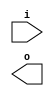
module buffer( i , o );
  input i ;
  output o ;
endmodule
module inverter( i , o );
  input i ;
  output o ;
endmodule
module top( x0 , x1 , x2 , x3 , x4 , x5 , x6 , x7 , y0 , y1 , y2 , y3 , y4 , y5 , y6 , y7 );
  input x0 , x1 , x2 , x3 , x4 , x5 , x6 , x7 ;
  output y0 , y1 , y2 , y3 , y4 , y5 , y6 , y7 ;
  wire n2 , n3 , n4 , n5 , n6 , n7 , n8 , n9 , n11 , n12 , n13 , n14 , n15 , n16 , n17 , n19 , n20 , n21 , n22 , n23 , n24 , n25 , n27 , n28 , n29 , n30 , n31 , n32 , n33 , n34 , n35 , n36 , n38 , n39 , n40 , n41 , n42 , n43 , n44 , n46 , n47 , n48 , n49 , n50 , n51 , n53 , n54 , n55 , n56 , n57 , n58 , n60 , n61 , n62 , n63 , n64 , n65 , n66 , n67 , n68 , n69 , n70 , n71 , n72 , n73 , n74 , n75 , n76 , n77 , n78 , n79 , n80 , n81 , n82 , n83 , n84 , n85 , n86 , n87 , n88 , n89 , n90 , n91 , n92 , n93 , n94 , n95 , n96 , n97 , n98 , n99 , n100 , n101 , n102 , n103 , n104 , n105 , n106 , n107 , n108 , n109 , n110 , n111 , n112 , n113 , n114 , n115 , n116 , n117 , n118 , n119 , n120 , n121 , n122 , n123 , n124 , n125 , n126 , n127 , n128 , n129 , n130 , n131 , n132 , n133 , n134 , n135 , n136 , n137 , n138 , n139 , n140 , n141 , n142 , n143 , n144 , n145 , n146 , n147 , n148 , n149 , n150 , n151 , n152 , n153 , n154 , n155 , n156 , n157 , n158 , n159 , n160 , n161 , n162 , n163 , n164 , n165 , n166 , n167 , n168 , n169 , n170 , n171 , n172 , n173 , n174 , n175 , n176 , n177 , n178 , n179 , n180 , n181 , n182 , n183 , n184 , n185 , n186 , n187 , n188 , n189 , n190 , n191 , n192 , n193 , n194 , n195 , n196 , n197 , n198 , n199 , n200 , n201 , n202 , n203 , n204 , n205 , n206 , n207 , n208 , n209 , n210 , n211 , n212 , n213 , n214 , n215 , n216 , n217 , n218 , n219 , n220 , n221 , n222 , n223 , n224 , n225 , n226 , n227 , n228 , n229 , n230 , n231 , n232 , n233 , n234 , n235 , n236 , n237 , n238 , n239 , n240 , n241 , n242 , n243 , n244 , n245 , n246 , n247 , n248 , n249 , n250 , n251 , n252 , n253 , n254 , n255 , n256 , n257 , n258 , n259 , n260 , n261 , n262 , n263 , n264 , n265 , n266 , n267 , n268 , n269 , n270 , n271 , n272 , n273 , n274 , n275 , n276 , n277 , n278 , n279 , n280 , n281 , n282 , n283 , n284 , n285 , n286 , n287 , n288 , n289 , n290 , n291 , n292 , n293 , n294 , n295 , n296 , n297 , n298 , n299 , n300 , n301 , n302 , n303 , n304 , n305 , n306 , n307 , n308 , n309 , n310 , n311 , n312 , n313 , n314 , n315 , n316 , n317 , n318 , n319 , n320 , n321 , n322 , n323 , n324 , n325 , n326 , n327 , n328 , n329 , n330 , n331 , n332 , n333 , n334 , n335 , n336 , n337 , n338 , n339 , n340 , n341 , n342 , n343 , n344 , n345 , n346 , n347 , n348 , n349 , n350 , n351 , n352 , n353 , n354 , n355 , n356 , n357 , n358 , n359 , n360 , n361 , n362 , n363 , n364 , n365 , n366 , n367 , n368 , n369 , n370 , n371 , n372 , n373 , n374 , n375 , n376 , n377 , n378 , n379 , n380 , n381 , n382 , n383 , n384 , n385 , n386 , n387 , n388 , n389 , n390 , n391 , n392 , n393 , n394 , n395 , n396 , n397 , n398 , n399 , n400 , n401 , n402 , n403 , n404 , n405 , n406 , n407 , n408 , n409 , n410 , n411 , n412 , n413 , n414 , n415 , n416 , n417 , n418 , n419 , n420 , n421 , n422 , n423 , n424 ;
  buffer buf_n19( .i (x2), .o (n19) );
  buffer buf_n46( .i (x5), .o (n46) );
  assign n67 = n19 & n46 ;
  buffer buf_n68( .i (n67), .o (n68) );
  buffer buf_n69( .i (n68), .o (n69) );
  buffer buf_n70( .i (n69), .o (n70) );
  buffer buf_n71( .i (n70), .o (n71) );
  buffer buf_n20( .i (n19), .o (n20) );
  buffer buf_n53( .i (x6), .o (n53) );
  buffer buf_n54( .i (n53), .o (n54) );
  assign n75 = n20 & n54 ;
  buffer buf_n76( .i (n75), .o (n76) );
  buffer buf_n27( .i (x3), .o (n27) );
  buffer buf_n28( .i (n27), .o (n28) );
  buffer buf_n60( .i (x7), .o (n60) );
  buffer buf_n61( .i (n60), .o (n61) );
  assign n80 = n28 | n61 ;
  buffer buf_n81( .i (n80), .o (n81) );
  assign n83 = n76 | n81 ;
  buffer buf_n84( .i (n83), .o (n84) );
  assign n85 = n71 & n84 ;
  buffer buf_n11( .i (x1), .o (n11) );
  buffer buf_n12( .i (n11), .o (n12) );
  buffer buf_n13( .i (n12), .o (n13) );
  buffer buf_n14( .i (n13), .o (n14) );
  buffer buf_n15( .i (n14), .o (n15) );
  buffer buf_n16( .i (n15), .o (n16) );
  buffer buf_n47( .i (n46), .o (n47) );
  assign n86 = n28 & n47 ;
  buffer buf_n87( .i (n86), .o (n87) );
  buffer buf_n88( .i (n87), .o (n88) );
  buffer buf_n55( .i (n54), .o (n55) );
  buffer buf_n56( .i (n55), .o (n56) );
  buffer buf_n62( .i (n61), .o (n62) );
  buffer buf_n63( .i (n62), .o (n63) );
  assign n92 = n56 & n63 ;
  assign n93 = n88 & n92 ;
  assign n94 = n16 | n93 ;
  assign n95 = n85 | n94 ;
  buffer buf_n57( .i (n56), .o (n57) );
  buffer buf_n58( .i (n57), .o (n58) );
  assign n96 = n58 & n84 ;
  buffer buf_n48( .i (n47), .o (n48) );
  buffer buf_n49( .i (n48), .o (n49) );
  buffer buf_n50( .i (n49), .o (n50) );
  buffer buf_n51( .i (n50), .o (n51) );
  buffer buf_n21( .i (n20), .o (n21) );
  buffer buf_n22( .i (n21), .o (n22) );
  assign n97 = n22 & n63 ;
  buffer buf_n98( .i (n97), .o (n98) );
  buffer buf_n29( .i (n28), .o (n29) );
  buffer buf_n30( .i (n29), .o (n30) );
  buffer buf_n31( .i (n30), .o (n31) );
  assign n100 = n31 | n50 ;
  assign n101 = ( n51 & n98 ) | ( n51 & n100 ) | ( n98 & n100 ) ;
  assign n102 = n96 | n101 ;
  assign n103 = n95 & n102 ;
  buffer buf_n104( .i (n103), .o (n104) );
  buffer buf_n2( .i (x0), .o (n2) );
  buffer buf_n3( .i (n2), .o (n3) );
  buffer buf_n4( .i (n3), .o (n4) );
  buffer buf_n5( .i (n4), .o (n5) );
  buffer buf_n6( .i (n5), .o (n6) );
  buffer buf_n7( .i (n6), .o (n7) );
  buffer buf_n38( .i (x4), .o (n38) );
  buffer buf_n39( .i (n38), .o (n39) );
  buffer buf_n40( .i (n39), .o (n40) );
  buffer buf_n41( .i (n40), .o (n41) );
  buffer buf_n42( .i (n41), .o (n42) );
  buffer buf_n43( .i (n42), .o (n43) );
  assign n105 = n7 & n43 ;
  buffer buf_n106( .i (n105), .o (n106) );
  buffer buf_n107( .i (n106), .o (n107) );
  buffer buf_n108( .i (n107), .o (n108) );
  assign n109 = n104 & n108 ;
  buffer buf_n110( .i (n109), .o (n110) );
  buffer buf_n111( .i (n110), .o (n111) );
  buffer buf_n112( .i (n111), .o (n112) );
  assign n113 = ~n104 & n108 ;
  buffer buf_n114( .i (n113), .o (n114) );
  buffer buf_n115( .i (n114), .o (n115) );
  buffer buf_n64( .i (n63), .o (n64) );
  assign n116 = n40 & n55 ;
  buffer buf_n117( .i (n116), .o (n117) );
  assign n118 = n64 & n117 ;
  assign n119 = ~n3 & n20 ;
  buffer buf_n120( .i (n119), .o (n120) );
  assign n124 = n11 & n53 ;
  buffer buf_n125( .i (n124), .o (n125) );
  assign n130 = n40 | n125 ;
  assign n131 = n120 & n130 ;
  assign n132 = ~n11 & n19 ;
  buffer buf_n133( .i (n132), .o (n133) );
  assign n138 = n38 | n53 ;
  buffer buf_n139( .i (n138), .o (n139) );
  assign n143 = n133 & ~n139 ;
  assign n144 = ( ~n2 & n19 ) | ( ~n2 & n53 ) | ( n19 & n53 ) ;
  buffer buf_n145( .i (n144), .o (n145) );
  assign n147 = n55 & ~n145 ;
  assign n148 = ( n5 & n143 ) | ( n5 & n147 ) | ( n143 & n147 ) ;
  assign n149 = n131 | n148 ;
  assign n150 = ~n118 & n149 ;
  buffer buf_n151( .i (n150), .o (n151) );
  assign n153 = n14 & ~n30 ;
  buffer buf_n154( .i (n153), .o (n154) );
  assign n155 = n41 & ~n49 ;
  buffer buf_n156( .i (n155), .o (n156) );
  assign n157 = n154 & n156 ;
  buffer buf_n158( .i (n157), .o (n158) );
  assign n159 = n151 & n158 ;
  buffer buf_n160( .i (n159), .o (n160) );
  buffer buf_n77( .i (n76), .o (n77) );
  buffer buf_n78( .i (n77), .o (n78) );
  assign n162 = n28 & n61 ;
  buffer buf_n163( .i (n162), .o (n163) );
  buffer buf_n164( .i (n163), .o (n164) );
  buffer buf_n165( .i (n164), .o (n165) );
  assign n174 = n78 | n165 ;
  buffer buf_n175( .i (n174), .o (n175) );
  assign n176 = n106 & n175 ;
  buffer buf_n23( .i (n22), .o (n23) );
  buffer buf_n24( .i (n23), .o (n24) );
  buffer buf_n25( .i (n24), .o (n25) );
  assign n177 = n2 & n46 ;
  buffer buf_n178( .i (n177), .o (n178) );
  buffer buf_n179( .i (n178), .o (n179) );
  buffer buf_n180( .i (n179), .o (n180) );
  assign n185 = ~n15 & n180 ;
  assign n186 = n12 & n39 ;
  buffer buf_n187( .i (n186), .o (n187) );
  buffer buf_n188( .i (n187), .o (n188) );
  assign n190 = n4 | n48 ;
  buffer buf_n191( .i (n190), .o (n191) );
  assign n193 = n188 & ~n191 ;
  assign n194 = n185 | n193 ;
  assign n195 = ~n25 & n194 ;
  buffer buf_n189( .i (n188), .o (n189) );
  assign n196 = n4 & n68 ;
  buffer buf_n197( .i (n196), .o (n197) );
  buffer buf_n198( .i (n197), .o (n198) );
  assign n199 = n49 | n56 ;
  assign n200 = n188 & ~n199 ;
  assign n201 = ( n189 & n198 ) | ( n189 & n200 ) | ( n198 & n200 ) ;
  assign n202 = n87 & n120 ;
  buffer buf_n203( .i (n202), .o (n203) );
  assign n204 = n13 & n62 ;
  buffer buf_n205( .i (n204), .o (n205) );
  assign n207 = ~n42 & n205 ;
  assign n208 = n203 & n207 ;
  assign n209 = n201 | n208 ;
  assign n210 = n195 | n209 ;
  assign n211 = ~n176 & n210 ;
  assign n212 = n160 | n211 ;
  buffer buf_n213( .i (n212), .o (n213) );
  buffer buf_n214( .i (n213), .o (n214) );
  buffer buf_n82( .i (n81), .o (n82) );
  assign n215 = ~n82 & n197 ;
  assign n216 = ~n55 & n178 ;
  buffer buf_n217( .i (n216), .o (n217) );
  assign n220 = n42 | n217 ;
  assign n221 = n215 | n220 ;
  buffer buf_n146( .i (n145), .o (n146) );
  assign n226 = n63 | n146 ;
  buffer buf_n227( .i (n226), .o (n227) );
  assign n228 = n22 | n30 ;
  assign n229 = n15 & n228 ;
  assign n230 = n227 & n229 ;
  assign n231 = n221 & ~n230 ;
  buffer buf_n232( .i (n231), .o (n232) );
  assign n233 = ~n5 & n41 ;
  buffer buf_n234( .i (n233), .o (n234) );
  buffer buf_n235( .i (n234), .o (n235) );
  buffer buf_n236( .i (n235), .o (n236) );
  buffer buf_n44( .i (n43), .o (n44) );
  assign n222 = n22 | n56 ;
  buffer buf_n223( .i (n222), .o (n223) );
  buffer buf_n224( .i (n223), .o (n224) );
  assign n237 = n44 & ~n224 ;
  buffer buf_n181( .i (n180), .o (n181) );
  buffer buf_n182( .i (n181), .o (n182) );
  assign n238 = n182 | n235 ;
  assign n239 = ( n236 & ~n237 ) | ( n236 & n238 ) | ( ~n237 & n238 ) ;
  assign n240 = ~n232 & n239 ;
  buffer buf_n241( .i (n240), .o (n241) );
  buffer buf_n242( .i (n241), .o (n242) );
  assign n243 = n114 | n242 ;
  assign n244 = ( n115 & ~n214 ) | ( n115 & n243 ) | ( ~n214 & n243 ) ;
  buffer buf_n8( .i (n7), .o (n8) );
  buffer buf_n79( .i (n78), .o (n79) );
  assign n245 = n8 & n79 ;
  assign n246 = n14 & n49 ;
  buffer buf_n247( .i (n246), .o (n247) );
  buffer buf_n248( .i (n247), .o (n248) );
  assign n253 = ~n223 & n247 ;
  buffer buf_n249( .i (n54), .o (n249) );
  buffer buf_n250( .i (n249), .o (n250) );
  assign n251 = ~n30 & n250 ;
  buffer buf_n252( .i (n251), .o (n252) );
  assign n254 = n234 & ~n252 ;
  assign n255 = ( n248 & n253 ) | ( n248 & ~n254 ) | ( n253 & ~n254 ) ;
  assign n256 = n245 | n255 ;
  assign n257 = n42 & n82 ;
  buffer buf_n258( .i (n257), .o (n258) );
  assign n259 = n7 & n223 ;
  assign n260 = ~n258 & n259 ;
  assign n261 = ~n41 & n250 ;
  buffer buf_n262( .i (n261), .o (n262) );
  assign n264 = n24 & n262 ;
  buffer buf_n265( .i (n48), .o (n265) );
  assign n266 = n14 | n265 ;
  buffer buf_n267( .i (n266), .o (n267) );
  assign n268 = ~n165 & n267 ;
  assign n269 = ~n264 & n268 ;
  assign n270 = ~n260 & n269 ;
  assign n271 = n256 & n270 ;
  buffer buf_n152( .i (n151), .o (n152) );
  buffer buf_n65( .i (n64), .o (n65) );
  buffer buf_n66( .i (n65), .o (n66) );
  buffer buf_n192( .i (n191), .o (n192) );
  assign n272 = ~n181 & n192 ;
  assign n273 = n66 & ~n272 ;
  buffer buf_n263( .i (n262), .o (n263) );
  assign n274 = n16 | n156 ;
  assign n275 = n263 | n274 ;
  buffer buf_n126( .i (n125), .o (n126) );
  buffer buf_n127( .i (n126), .o (n127) );
  buffer buf_n128( .i (n127), .o (n128) );
  assign n276 = n128 | n154 ;
  buffer buf_n277( .i (n276), .o (n277) );
  assign n278 = ( n273 & n275 ) | ( n273 & ~n277 ) | ( n275 & ~n277 ) ;
  assign n279 = n152 & n278 ;
  assign n280 = n271 | n279 ;
  buffer buf_n281( .i (n280), .o (n281) );
  buffer buf_n121( .i (n120), .o (n121) );
  buffer buf_n122( .i (n121), .o (n122) );
  buffer buf_n123( .i (n122), .o (n123) );
  assign n282 = n66 | n123 ;
  assign n283 = ~n24 & n43 ;
  assign n284 = n128 & n192 ;
  assign n285 = ~n283 & n284 ;
  assign n286 = n282 & n285 ;
  buffer buf_n287( .i (n286), .o (n287) );
  buffer buf_n288( .i (n287), .o (n288) );
  buffer buf_n289( .i (n288), .o (n289) );
  assign n290 = ~n281 & n289 ;
  buffer buf_n183( .i (n182), .o (n183) );
  buffer buf_n184( .i (n183), .o (n184) );
  buffer buf_n9( .i (n8), .o (n9) );
  buffer buf_n140( .i (n139), .o (n140) );
  assign n291 = n140 & n163 ;
  assign n292 = ( n23 & n117 ) | ( n23 & n291 ) | ( n117 & n291 ) ;
  buffer buf_n293( .i (n292), .o (n293) );
  buffer buf_n294( .i (n293), .o (n294) );
  assign n295 = n9 & n294 ;
  assign n296 = n184 | n295 ;
  assign n297 = ~n104 & n296 ;
  buffer buf_n218( .i (n217), .o (n218) );
  buffer buf_n219( .i (n218), .o (n219) );
  assign n298 = ~n219 & n248 ;
  assign n299 = n43 & ~n203 ;
  buffer buf_n300( .i (n299), .o (n300) );
  assign n301 = ~n298 & n300 ;
  assign n302 = n232 & ~n301 ;
  buffer buf_n134( .i (n133), .o (n134) );
  buffer buf_n135( .i (n134), .o (n135) );
  buffer buf_n136( .i (n135), .o (n136) );
  assign n303 = n58 & n136 ;
  buffer buf_n304( .i (n303), .o (n304) );
  assign n305 = n7 & n16 ;
  assign n306 = ~n224 & n305 ;
  assign n307 = n304 | n306 ;
  buffer buf_n166( .i (n165), .o (n166) );
  assign n308 = n44 & n166 ;
  buffer buf_n309( .i (n308), .o (n309) );
  assign n310 = n307 & n309 ;
  assign n311 = n302 | n310 ;
  assign n312 = n297 | n311 ;
  assign n313 = n213 | n312 ;
  assign n314 = n290 | n313 ;
  buffer buf_n99( .i (n98), .o (n99) );
  assign n315 = n31 & n57 ;
  buffer buf_n316( .i (n315), .o (n316) );
  assign n317 = n99 & n316 ;
  buffer buf_n318( .i (n317), .o (n318) );
  buffer buf_n225( .i (n224), .o (n225) );
  assign n319 = n175 & n225 ;
  buffer buf_n167( .i (n166), .o (n167) );
  assign n320 = n167 | n225 ;
  assign n321 = ( n318 & ~n319 ) | ( n318 & n320 ) | ( ~n319 & n320 ) ;
  buffer buf_n322( .i (n321), .o (n322) );
  buffer buf_n323( .i (n322), .o (n323) );
  assign n324 = n114 & n323 ;
  buffer buf_n161( .i (n160), .o (n161) );
  buffer buf_n32( .i (n31), .o (n32) );
  assign n325 = n250 & ~n265 ;
  buffer buf_n326( .i (n325), .o (n326) );
  assign n327 = n32 & n326 ;
  buffer buf_n328( .i (n13), .o (n328) );
  buffer buf_n329( .i (n21), .o (n329) );
  assign n330 = n328 & ~n329 ;
  buffer buf_n331( .i (n330), .o (n331) );
  buffer buf_n332( .i (n331), .o (n332) );
  buffer buf_n141( .i (n140), .o (n141) );
  buffer buf_n142( .i (n141), .o (n142) );
  assign n333 = ~n142 & n331 ;
  assign n334 = ( n327 & n332 ) | ( n327 & n333 ) | ( n332 & n333 ) ;
  buffer buf_n137( .i (n136), .o (n137) );
  assign n335 = n32 & ~n262 ;
  assign n336 = n98 & n262 ;
  assign n337 = ( n137 & ~n335 ) | ( n137 & n336 ) | ( ~n335 & n336 ) ;
  assign n338 = n334 | n337 ;
  buffer buf_n89( .i (n88), .o (n89) );
  buffer buf_n90( .i (n89), .o (n90) );
  assign n339 = n44 | n90 ;
  assign n340 = ~n9 & n339 ;
  assign n341 = n338 & n340 ;
  buffer buf_n342( .i (n6), .o (n342) );
  buffer buf_n343( .i (n40), .o (n343) );
  buffer buf_n344( .i (n343), .o (n344) );
  buffer buf_n345( .i (n344), .o (n345) );
  assign n346 = n342 & ~n345 ;
  buffer buf_n347( .i (n346), .o (n347) );
  buffer buf_n348( .i (n347), .o (n348) );
  assign n349 = n247 | n252 ;
  assign n350 = n25 & n349 ;
  assign n351 = ~n65 & n326 ;
  buffer buf_n352( .i (n351), .o (n352) );
  assign n353 = n65 & n267 ;
  buffer buf_n354( .i (n353), .o (n354) );
  assign n355 = ( n350 & n352 ) | ( n350 & ~n354 ) | ( n352 & ~n354 ) ;
  assign n356 = n348 & n355 ;
  assign n357 = n341 | n356 ;
  assign n358 = n161 | n357 ;
  assign n359 = n281 | n358 ;
  assign n360 = n324 | n359 ;
  buffer buf_n72( .i (n71), .o (n72) );
  buffer buf_n73( .i (n72), .o (n73) );
  buffer buf_n74( .i (n73), .o (n74) );
  assign n375 = n65 & n342 ;
  buffer buf_n376( .i (n375), .o (n376) );
  buffer buf_n377( .i (n376), .o (n377) );
  buffer buf_n129( .i (n128), .o (n129) );
  assign n385 = ~n99 & n129 ;
  buffer buf_n386( .i (n385), .o (n386) );
  assign n387 = ( n74 & n377 ) | ( n74 & n386 ) | ( n377 & n386 ) ;
  buffer buf_n388( .i (n387), .o (n388) );
  buffer buf_n33( .i (n32), .o (n33) );
  buffer buf_n34( .i (n33), .o (n34) );
  buffer buf_n35( .i (n34), .o (n35) );
  buffer buf_n36( .i (n35), .o (n36) );
  buffer buf_n378( .i (n377), .o (n378) );
  assign n389 = ( n74 & ~n377 ) | ( n74 & n386 ) | ( ~n377 & n386 ) ;
  assign n390 = ( ~n36 & n378 ) | ( ~n36 & n389 ) | ( n378 & n389 ) ;
  assign n391 = ~n388 & n390 ;
  assign n361 = ~n58 & n71 ;
  assign n362 = n129 | n361 ;
  buffer buf_n363( .i (n362), .o (n363) );
  buffer buf_n364( .i (n363), .o (n364) );
  assign n367 = ~n51 & n78 ;
  assign n368 = ( n66 & n248 ) | ( n66 & n367 ) | ( n248 & n367 ) ;
  buffer buf_n369( .i (n368), .o (n369) );
  buffer buf_n370( .i (n369), .o (n370) );
  assign n392 = n364 & ~n370 ;
  buffer buf_n393( .i (n392), .o (n393) );
  assign n379 = n33 & n44 ;
  assign n380 = ~n376 & n379 ;
  buffer buf_n381( .i (n380), .o (n381) );
  buffer buf_n394( .i (n363), .o (n394) );
  assign n395 = ( ~n370 & n381 ) | ( ~n370 & n394 ) | ( n381 & n394 ) ;
  buffer buf_n396( .i (n395), .o (n396) );
  assign n397 = ( n391 & ~n393 ) | ( n391 & n396 ) | ( ~n393 & n396 ) ;
  buffer buf_n365( .i (n364), .o (n365) );
  buffer buf_n366( .i (n365), .o (n366) );
  assign n371 = n167 & n347 ;
  buffer buf_n372( .i (n371), .o (n372) );
  assign n373 = ( ~n364 & n370 ) | ( ~n364 & n372 ) | ( n370 & n372 ) ;
  buffer buf_n374( .i (n373), .o (n374) );
  assign n382 = n36 & ~n381 ;
  assign n383 = ( n364 & n370 ) | ( n364 & n372 ) | ( n370 & n372 ) ;
  assign n384 = n382 & ~n383 ;
  assign n398 = ( n366 & n374 ) | ( n366 & n384 ) | ( n374 & n384 ) ;
  assign n399 = n397 | n398 ;
  buffer buf_n17( .i (n16), .o (n17) );
  buffer buf_n402( .i (n64), .o (n402) );
  assign n403 = n89 & n402 ;
  assign n400 = n76 & ~n163 ;
  buffer buf_n401( .i (n400), .o (n401) );
  assign n404 = ~n89 & n401 ;
  assign n405 = ( ~n17 & n403 ) | ( ~n17 & n404 ) | ( n403 & n404 ) ;
  buffer buf_n406( .i (n405), .o (n406) );
  buffer buf_n91( .i (n90), .o (n91) );
  assign n408 = ( ~n64 & n77 ) | ( ~n64 & n88 ) | ( n77 & n88 ) ;
  buffer buf_n409( .i (n408), .o (n409) );
  assign n410 = ~n79 & n409 ;
  buffer buf_n206( .i (n205), .o (n206) );
  assign n407 = n206 & ~n401 ;
  assign n411 = n407 | n409 ;
  assign n412 = ( ~n91 & n410 ) | ( ~n91 & n411 ) | ( n410 & n411 ) ;
  assign n413 = n406 | n412 ;
  buffer buf_n414( .i (n413), .o (n414) );
  buffer buf_n415( .i (n414), .o (n415) );
  buffer buf_n416( .i (n415), .o (n416) );
  buffer buf_n417( .i (n416), .o (n417) );
  assign n418 = n99 | n316 ;
  buffer buf_n419( .i (n418), .o (n419) );
  assign n420 = ~n318 & n419 ;
  buffer buf_n421( .i (n420), .o (n421) );
  buffer buf_n422( .i (n421), .o (n422) );
  buffer buf_n423( .i (n422), .o (n423) );
  buffer buf_n424( .i (n423), .o (n424) );
  buffer buf_n168( .i (n167), .o (n168) );
  buffer buf_n169( .i (n168), .o (n169) );
  buffer buf_n170( .i (n169), .o (n170) );
  buffer buf_n171( .i (n170), .o (n171) );
  buffer buf_n172( .i (n171), .o (n172) );
  buffer buf_n173( .i (n172), .o (n173) );
  assign y0 = n112 ;
  assign y1 = n244 ;
  assign y2 = n314 ;
  assign y3 = n360 ;
  assign y4 = n399 ;
  assign y5 = n417 ;
  assign y6 = n424 ;
  assign y7 = n173 ;
endmodule